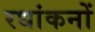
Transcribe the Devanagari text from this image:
रधांकनों